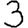
Digit: 3